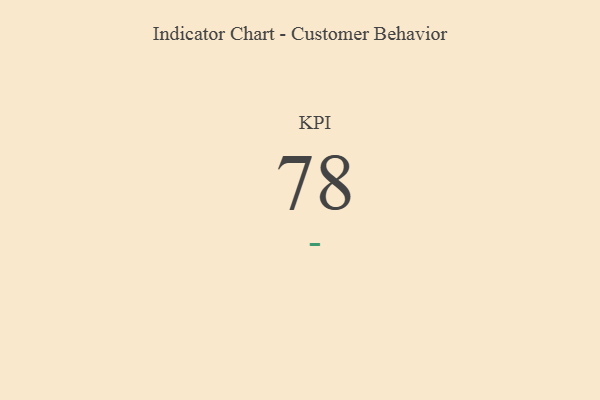
{"axis": {"x": "KPI", "y": "Value"}, "legend": [""], "data": [{"x": "KPI", "y": 78, "type": ""}]}